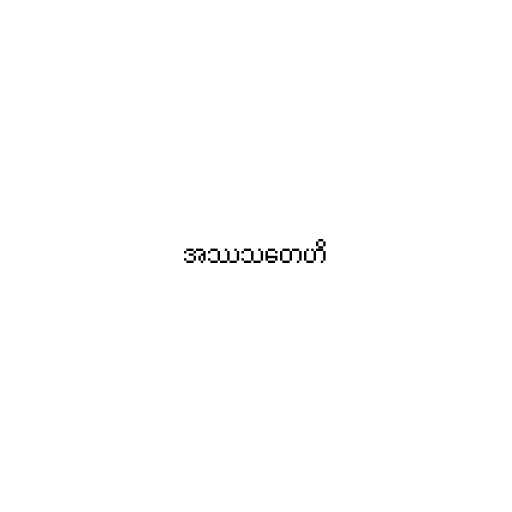
အဿသတေဟိ